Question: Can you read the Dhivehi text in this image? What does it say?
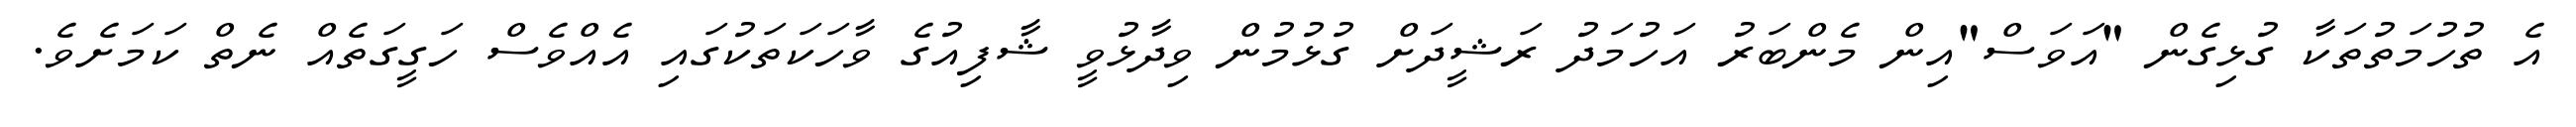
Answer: އެ ތުހުމަތުތަކާ ގުޅިގެން "އަވަސް"އިން މެންބަރު އަހުމަދު ރަޝީދަށް ގުޅުމުން ވިދާޅުވީ ޝާފިއުގެ ވާހަކަތަކުގައި އެއްވެސް ހަގީގަތެއް ނެތް ކަމަށެވެ.